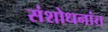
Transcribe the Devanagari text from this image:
संशोधनांत